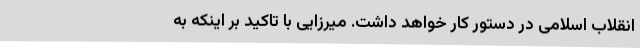
انقلاب اسلامی در دستور کار خواهد داشت. میرزایی با تاکید بر اینکه به